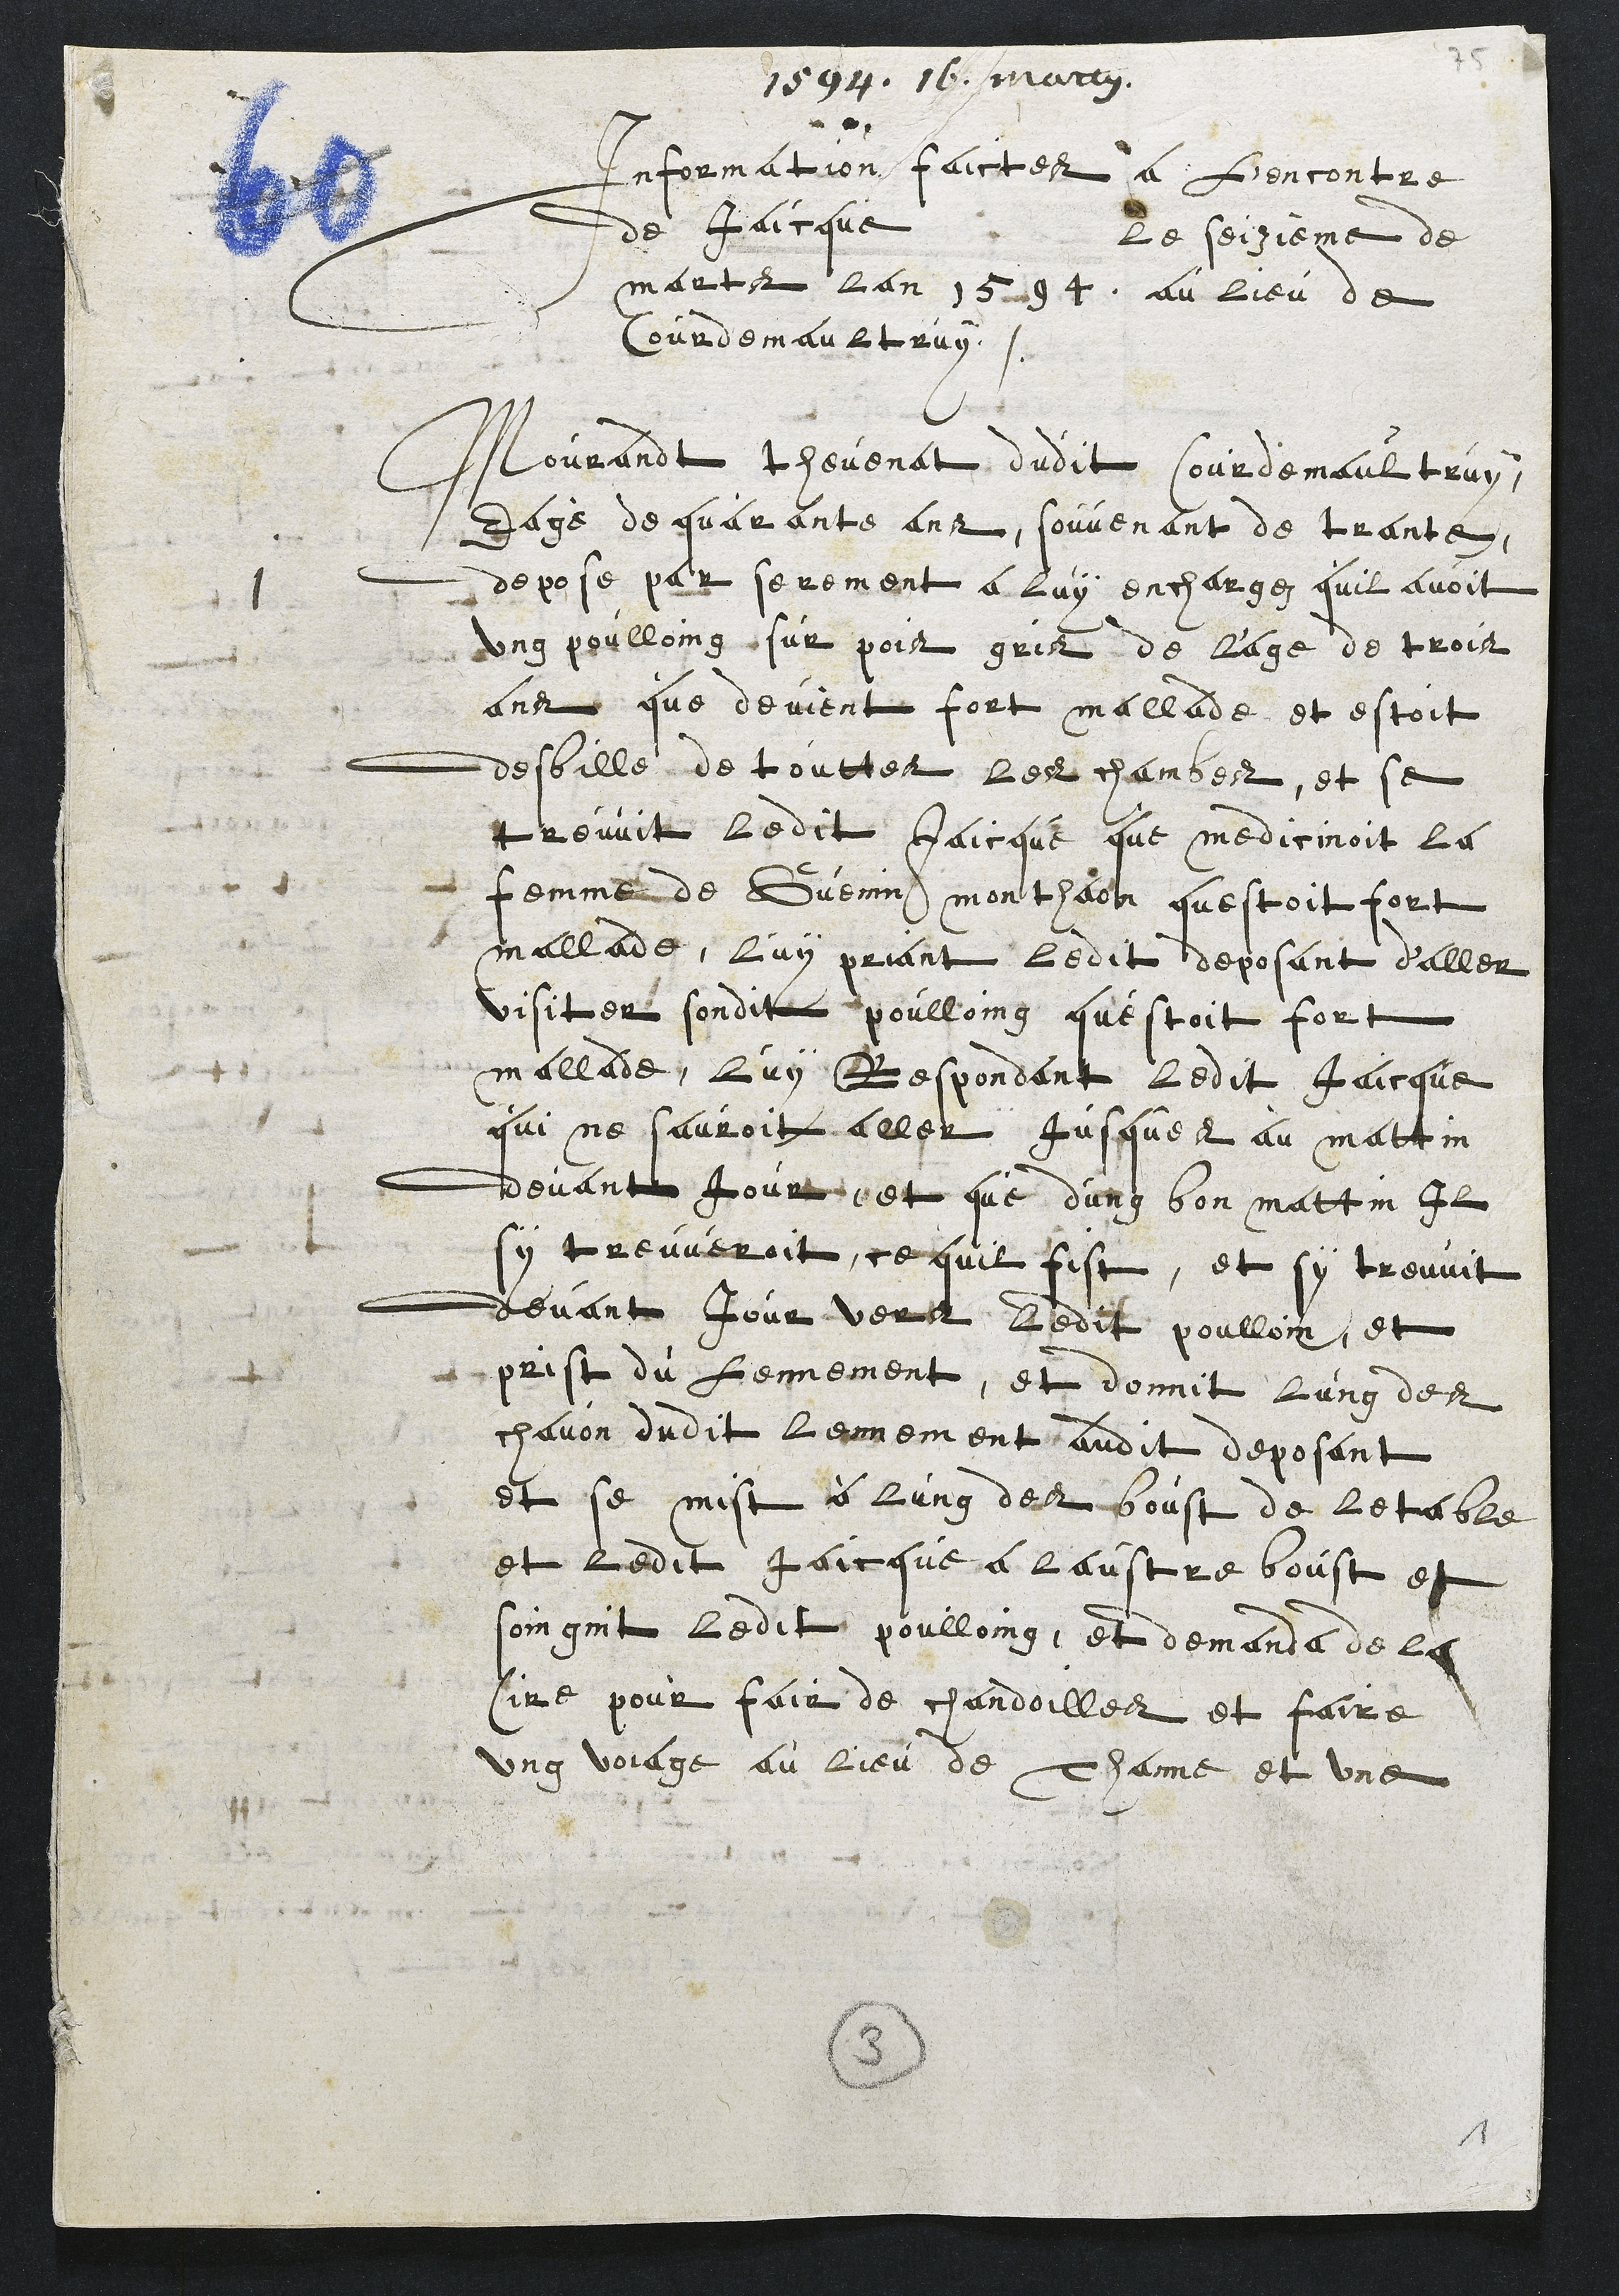
1594 16 martii.
Information faictes a l'encontre
de Jaicque     le seizième de
marts lan 1594, au lieu de
Courdemaultruy.
Mourandt thevenat dudit Courdemaultruy
Eagé de quarante ans, souvenant de trante,
depose par serement a luy enchargez quil avoit
ung poulloing sur pois gris de l'age de trois
ans que devient fort mallade et estoit
desbille de touttes les chambes, et se
treuvit ledit Jaicque que medicinoit la
femme de Guenin monthaon questoit fort
mallade, luy priant ledit deposant d'aller
visiter sondit poulloing questoit fort
mallade, luy Respondant ledit Jaicque
qui ne sauroit aller Jusques au mattin
devant jour et que d'ung bon mattin Il
sy treuveroit, ce quil fist, et sy treuvit
devant jour vers Ledit poulloin et
prist du lennement, et donnit lung des
chavon dudit lennement audit deposant
et se mist à lung des boust de letable,
et ledit Jaicque a laustre boust et
soingnit ledit poulloing, et demanda de la
cire pour fair de chandoilles et faire
ung voiage au lieu de Thanne et une

3
1